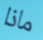
ماذا